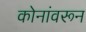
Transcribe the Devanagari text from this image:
कोनांवरून